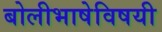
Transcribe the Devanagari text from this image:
बोलीभाषेविषयी